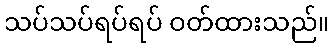
သပ်သပ်ရပ်ရပ် ဝတ်ထားသည်။